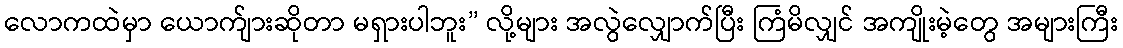
လောကထဲမှာ ယောက်ျားဆိုတာ မရှားပါဘူး” လို့များ အလွဲလျှောက်ပြီး ကြံမိလျှင် အကျိုးမဲ့တွေ အများကြီး